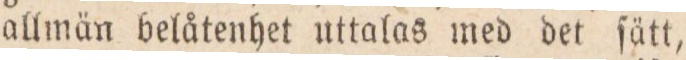
allmän belåtenhet uttalas med det ſätt,